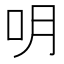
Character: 𠯲